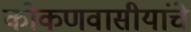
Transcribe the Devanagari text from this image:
कोकणवासीयांचे